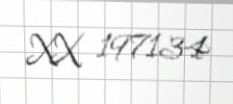
XX 197134